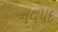
નવપદ